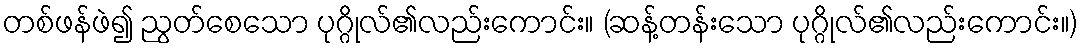
တစ်ဖန်ဖဲ၍ ညွတ်စေသော ပုဂ္ဂိုလ်၏လည်းကောင်း။ (ဆန့်တန်းသော ပုဂ္ဂိုလ်၏လည်းကောင်း။)